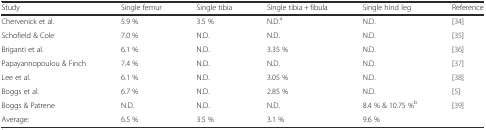
<table><thead><tr><td><b>Study</b></td><td><b>Single femur</b></td><td><b>Single tibia</b></td><td><b>Single tibia + fibula</b></td><td><b>Single hind leg</b></td><td><b>Reference</b></td></tr></thead><tbody><tr><td>Chervenick et al.</td><td>5.9 %</td><td>3.5 %</td><td>N.D.<sup>a</sup></td><td>N.D.</td><td>[34]</td></tr><tr><td>Schofield &amp; Cole</td><td>7.0 %</td><td>N.D.</td><td>N.D.</td><td>N.D.</td><td>[35]</td></tr><tr><td>Briganti et al.</td><td>6.1 %</td><td>N.D.</td><td>3.35 %</td><td>N.D.</td><td>[36]</td></tr><tr><td>Papayannopoulou &amp; Finch</td><td>7.4 %</td><td>N.D.</td><td>N.D.</td><td>N.D.</td><td>[37]</td></tr><tr><td>Lee et al.</td><td>6.1 %</td><td>N.D.</td><td>3.05 %</td><td>N.D.</td><td>[38]</td></tr><tr><td>Boggs et al.</td><td>6.7 %</td><td>N.D.</td><td>2.85 %</td><td>N.D.</td><td>[5]</td></tr><tr><td>Boggs &amp; Patrene</td><td>N.D.</td><td>N.D.</td><td>N.D.</td><td>8.4 % &amp; 10.75 %<sup>b</sup></td><td>[39]</td></tr><tr><td>Average:</td><td>6.5 %</td><td>3.5 %</td><td>3.1 %</td><td>9.6 %</td><td></td></tr></tbody></table>